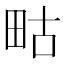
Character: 𭻇